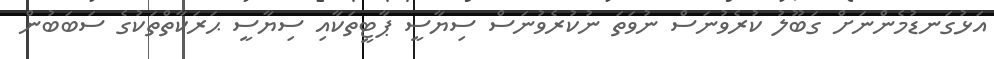
އަޅުގަނޑުމެންނަށް ގަބޫލު ކުރެވުނަސް ނުވަތަ ނުކުރެވުނަސް ސިޔާސީ ޕާޓީތަކާއި ސިޔާސީ ޙަރަކާތްތަކުގެ ސަބަބުން